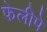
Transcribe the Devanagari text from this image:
फेलीपे